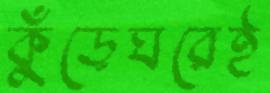
কুঁড়েঘরেই